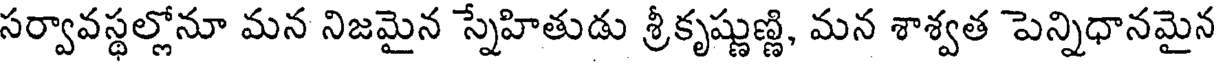
సర్వావస్థల్లోనూ మన నిజమైన స్నేహితుడు శ్రీకృష్ణుణ్ణి, మన శాశ్వత పెన్నిధానమైన